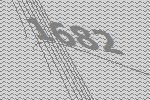
1682